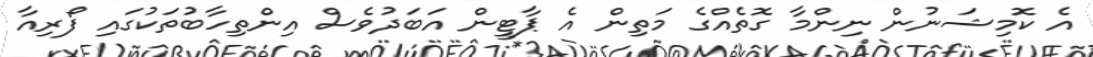
އެ ކޮމިޝަނުން ނިންމާ ގޮތެއްގެ މަތިން އެ ޕާޓީން އަބަދުވެސް އިންތިހާބުތަކުގައި ފޯރިއާ